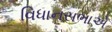
વિધાનસભાએ